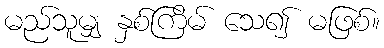
မည်သူမျှ နှစ်ကြိမ် သေ၍ မဖြစ်။